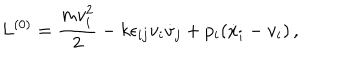
{ L } ^ { ( 0 ) } = \frac { m v _ { i } ^ { 2 } } { 2 } - k { \epsilon } _ { i j } v _ { i } \dot { v } _ { j } + p _ { i } ( \dot { x } _ { i } - v _ { i } ) \, ,